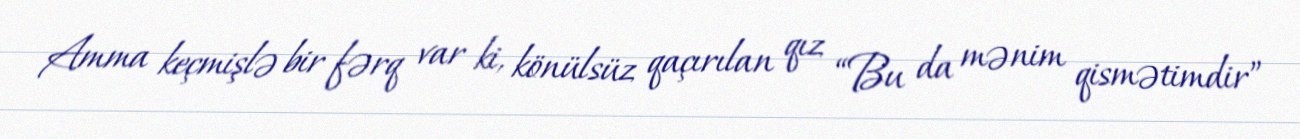
Amma keçmişlə bir fərq var ki, könülsüz qaçırılan qız “Bu da mənim qismətimdir”